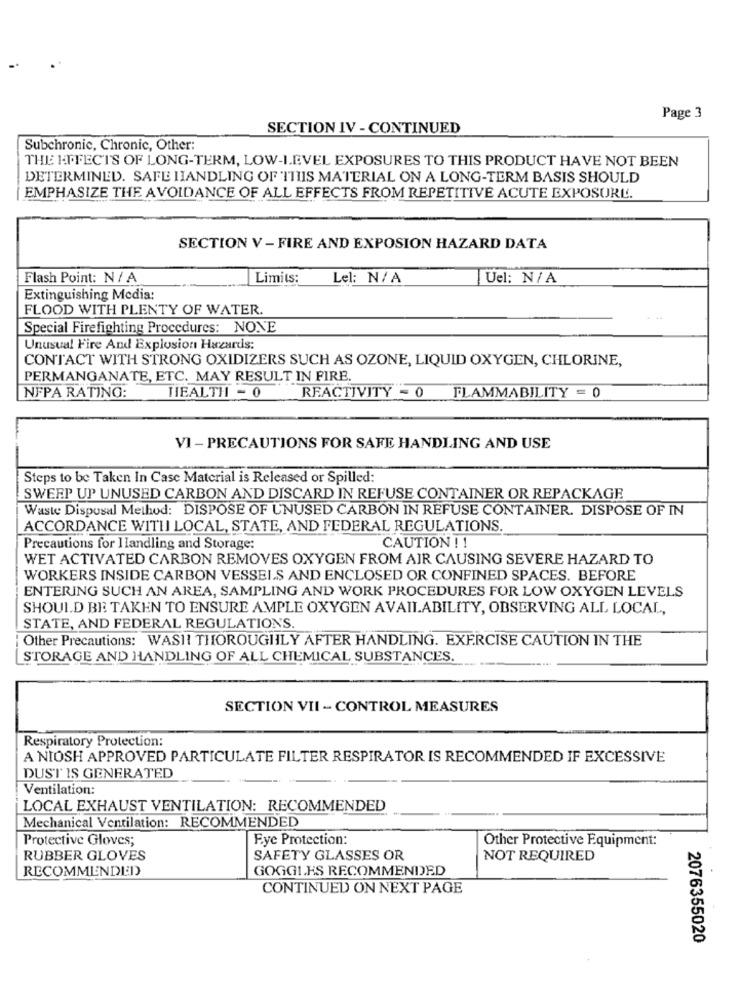
Page 3
SECTION IV - CONTINUED
Subchronic, Chronic, Other:
THE EFFECTS OF LONG-TERM, LOW-LEVEL EXPOSURES TO THIS PRODUCT HAVE NOT BEEN
DETERMINED. SAFE HANDLING OF THIS MATERIAL ON A LONG-TERM BASIS SHOULD
EMPHASIZE THE AVOIDANCE OF ALL EFFECTS FROM REPETITIVE ACUTE EXPOSURL.
SECTION V - FIRE AND EXPOSION HAZARD DATA
Flash Point: N/ A
Limits:
Lel: N/A
Uel: N/A
Extinguishing Media:
FLOOD WITH PLENTY OF WATER.
Special Firefighting Procedures: NONE
Unusual Fire And Explosion Hazards:
CONTACT WITH STRONG OXIDIZERS SUCH AS OZONE, LIQUID OXYGEN, CHLORINE,
PERMANGANATE, ETC. MAY RESULT IN FIRE.
NFPA RATING:
HEALTH - 0 REACTIVITY - 0 FLAMMABILITY = 0
VI - PRECAUTIONS FOR SAFE HANDLING AND USE
Steps to be Taken In Case Material is Released or Spilled:
SWEEP UP UNUSED CARBON AND DISCARD IN REFUSE CONTAINER OR REPACKAGE
Waste Disposal Method: DISPOSE OF UNUSED CARBON IN REFUSE CONTAINER. DISPOSE OF IN
ACCORDANCE WITH LOCAL, STATE, AND FEDERAL REGULATIONS.
CAUTION ! !
Precautions for Handling and Storage:
WET ACTIVATED CARBON REMOVES OXYGEN FROM AIR CAUSING SEVERE HAZARD TO
WORKERS INSIDE CARBON VESSELS AND ENCLOSED OR CONFINED SPACES. BEFORE
ENTERING SUCH AN AREA, SAMPLING AND WORK PROCEDURES FOR LOW OXYGEN LEVELS
SHOULD BE TAKEN TO ENSURE AMPLE OXYGEN AVAILABILITY, OBSERVING ALL LOCAL,
STATE, AND FEDERAL REGULATION'S
Other Precautions: WAS11 THOROUGHLY AFTER HANDLING. EXERCISE CAUTION IN THE
STORAGE AND HANDLING OF ALL CHEMICAL SUBSTANCES.
SECTION VII - CONTROL MEASURES
Respiratory Protection:
A NIOSH APPROVED PARTICULATE FILTER RESPIRATOR IS RECOMMENDED IF EXCESSIVE
DUST IS GENERATED
Ventilation:
LOCAL EXHAUST VENTILATION: RECOMMENDED
Mechanical Ventilation: RECOMMENDED
Protective Gloves;
Eye Protection:
Other Protective Equipment:
RUBBER GLOVES
SAFETY GLASSES OR
NOT REQUIRED
RECOMMENDED
GOGGLES RECOMMENDED
CONTINUED ON NEXT PAGE
2076355020